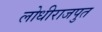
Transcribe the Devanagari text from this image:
लोधीराजपुत